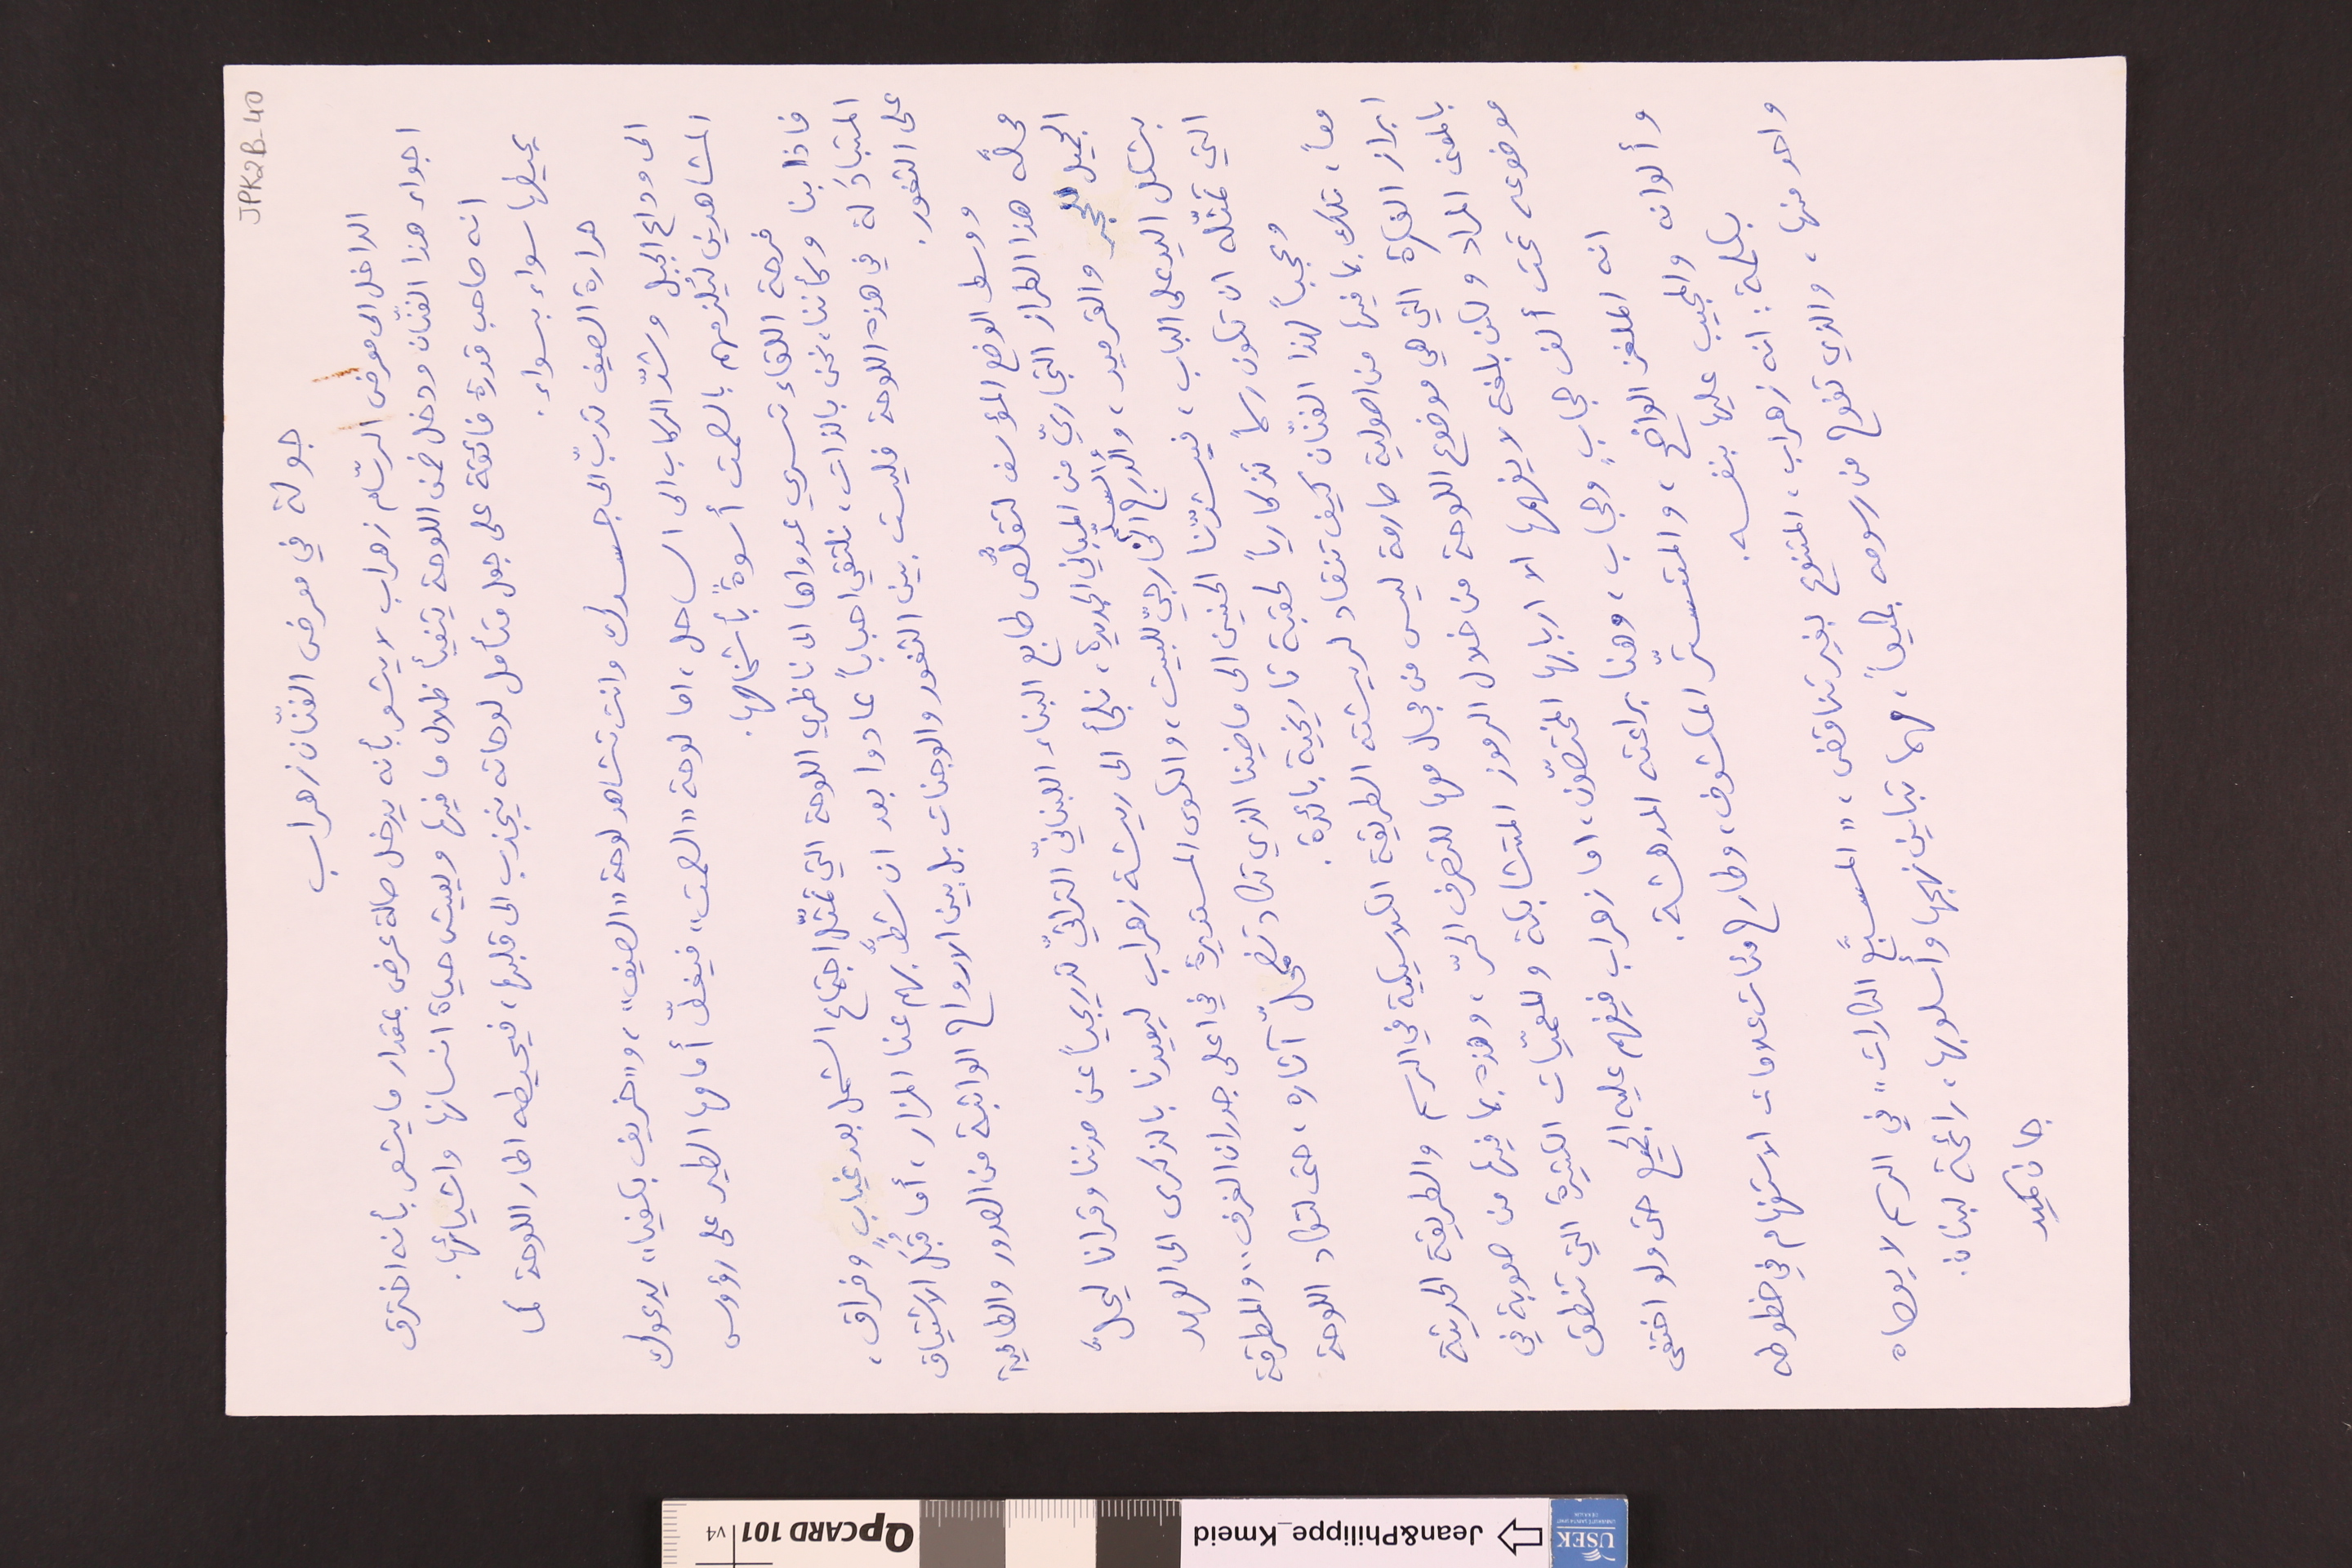
JPK2B-40
جولة في معرض الفنّان زهراب
الداخل الى معرض الرسّام زهراب لا يشعر بأنه يدخل صالة عرض بمقدار ما يشعر بأنه اخترق
اجواء هذا الفنّان ودخل ضمن اللوحة يتفيأ ظلال ما فيها ويعيش حياة انسانها واشيائها.
انه صاحب قدرة فائقة على جعل متأمل لوحاته ينجذب الى قلبها، فيحيطه اطار اللوحة كما
يحيطها سواء بسواء.
حرارة الصيف تدبّ الى جسدك وانت تشاهد لوحة "الصيف"، و"خريف بكفيا" يدعوك
الى وداع الجبل وشدّ الركاب الى الساحل، اما لوحة "الصمت" فيغطّ أمامها الطير على رؤوس
المشاهدين ليُلزمهم بالصمت أسوةً بأشخاصها.
فرحة اللقاء تسري عدواها الى ناظري اللوحة التي تمثّل اجتماع الشمل بعد غيابٍ وفراق،
فاذا بنا وكأننا، نحن بالذات، نلتقي احباباً عادوا بعد ان شطَّ بهم عنا المزار، أما قُبَل الاشتياق
المتبادَلة في هذه اللوحة فليست بين الثغور والوجنات بل بين الارواح الواثبة من الصدور والطافية
على الثغور.
ووسط الوضع المؤسف لتقلُّص طابع البناء اللبنانّي التراثّي تدريجياً عن مدننا وقرانا ليحلَّ
محلَّه هذا الطراز التجاريّ من المباني الجديدة، فلجأ الى ريشة زهراب ليعيدنا بالذكرى الى العهد
الجميل للحجر والقرميد، والدرج والسلّم الخارجيّ للبيت، والكوى المستديرة في اعلى جدران الغرف.. والمطرقة
بشكل اليد على الباب، فيشدّنا الحنين الى ماضينا الذي تكاد تضمحلّ آثاره، حتى لتكاد اللوحة
التي تمثّله ان تكون رسماً تذكارياً لحقبة تاريخية بائدة.
وعجباً لهذا الفنّان كيف تنقاد لريشته الطريقة الكلاسيكية في الرسم والطريقة الحديثة
معاً، تلك بما فيها من اصولية صارمة ليس من مجال معها للتصرف الحرّ، وهذه بما فيها من صعوبة في
ابراز الفكرة التي هي موضوع اللوحة من خلال الرموز المتشابكة والمعميّات الكثيرة التي تنطق
بالمعنى المراد ولكن بلغة لا يفهمها الا اربابها المختصّون، اما زهراب فيفهم عليه الجميع حتى ولو اختفى
موضوعه تحت ألف حجابٍ وحجاب، وهنا براعته المدهشة.
انه الملغز الواضح، والمتستّر المكشوف، وطارح مئات علامات الاستفهام في خطوطه
وألوانه والمجيب عليها بنفسه.
بكلمة : انه زهراب، المتنوع بغير تناقض، "المسبَّع الكارات" في الرسم لا يعصاه
واحد منها، والذي تفوح من رسومه جميعاً، مهما تباين نهجها وأسلوبها، رائحة لبنان.
جان كميد